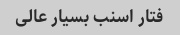
فتار اسنب بسیار عالی